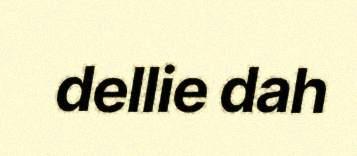
dellie dah